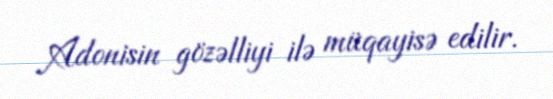
Adonisin gözəlliyi ilə müqayisə edilir.